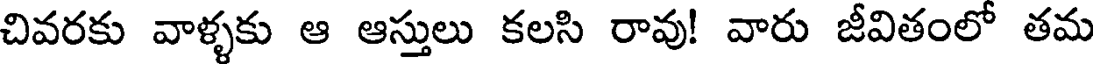
చివరకు వాళ్ళకు ఆ ఆస్తులు కలసి రావు! వారు జీవితంలో తమ